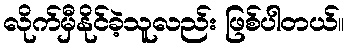
လိုက်မှီနိုင်ခဲ့သူလည်း ဖြစ်ပါတယ်။